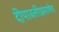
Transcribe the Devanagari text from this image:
दीपावलीप्रमाणेच